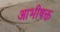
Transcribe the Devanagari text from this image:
आभीषक्त